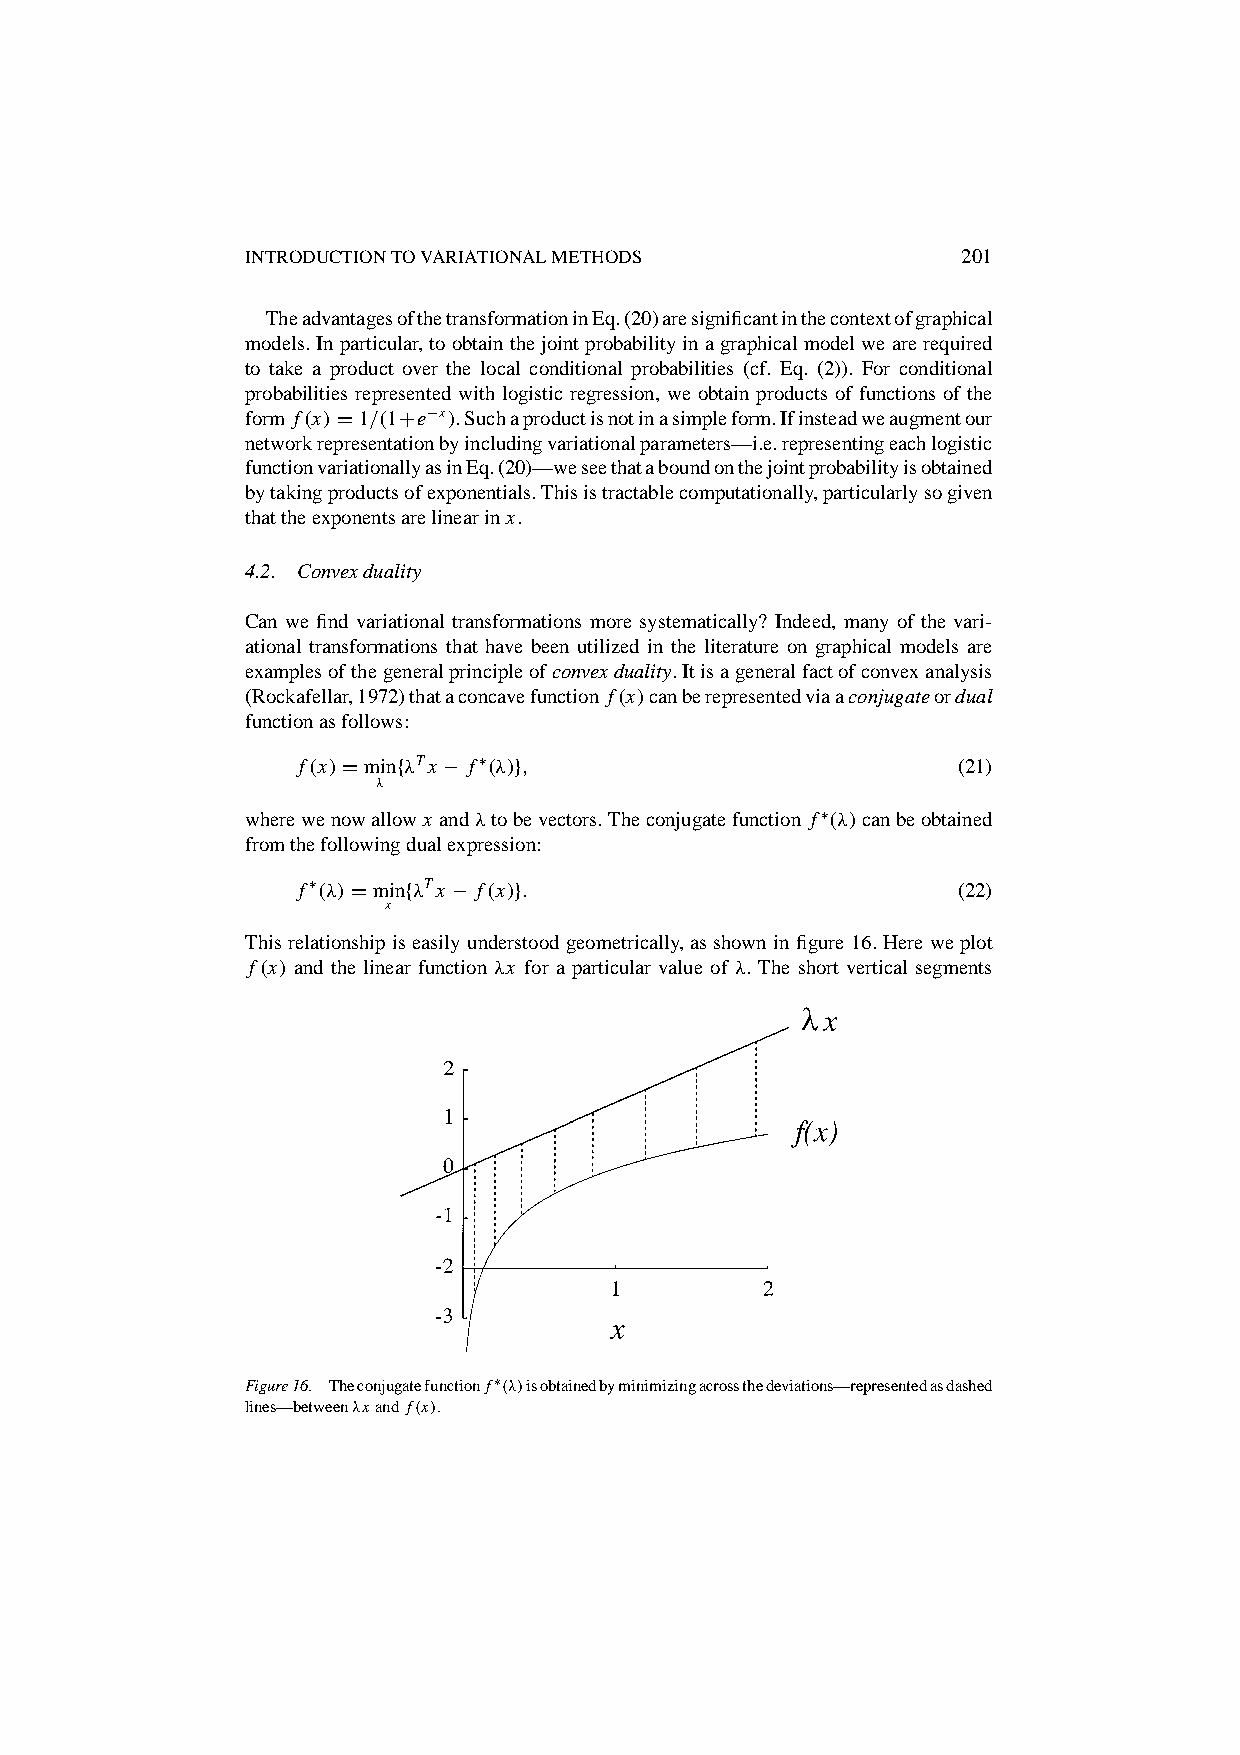
INTRODUCTIONTOVARIATIONALMETHODS                201
 TheadvantagesofthetransformationinEq.(20)aresignificantinthecontextofgraphical
 models.Inparticular,toobtainthejointprobabilityinagraphicalmodelwearerequired
 to take a product over the local conditional probabilities (cf. Eq. (2)). For conditional
 probabilities represented with logistic regression, we obtain products of functions of the
 form f.x/D1=.1Ce¡x/.Suchaproductisnotinasimpleform.Ifinsteadweaugmentour
 networkrepresentationbyincludingvariationalparameters—i.e.representingeachlogistic
 functionvariationallyasinEq.(20)—weseethataboundonthejointprobabilityisobtained
 bytakingproductsofexponentials.Thisistractablecomputationally,particularlysogiven
 thattheexponentsarelinearinx.
 4.2. Convexduality
 Can we find variational transformations more systematically? Indeed, many of the vari-
 ational transformations that have been utilized in the literature on graphical models are
 examplesofthegeneralprincipleofconvexduality.Itisageneralfactofconvexanalysis
 (Rockafellar,1972)thataconcavefunction f.x/canberepresentedviaaconjugateordual
 functionasfollows:
 f.x/Dminf‚Tx ¡ f⁄.‚/g;                     (21)
 ‚
 wherewenowallowx and‚tobevectors.Theconjugatefunction f⁄.‚/canbeobtained
 fromthefollowingdualexpression:
 f⁄.‚/Dminf‚Tx ¡ f.x/g:                     (22)
 x
 This relationship is easily understood geometrically, as shown in figure 16. Here we plot
 f.x/ and the linear function ‚x for a particular value of ‚. The short vertical segments
 Figure16. Theconjugatefunction f⁄.‚/isobtainedbyminimizingacrossthedeviations—representedasdashed
 lines—between‚xand f.x/.